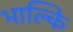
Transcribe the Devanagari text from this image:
भाल्कि